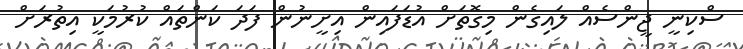
ސްކިނީ ޖީންސެއް ލައިގެން މިގޮތަށް އުޑަފައިން އިށީނުން ފަދަ ކަންތައް ކުރުމަކީ އިތުރަށް